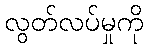
လွတ်လပ်မှုကို